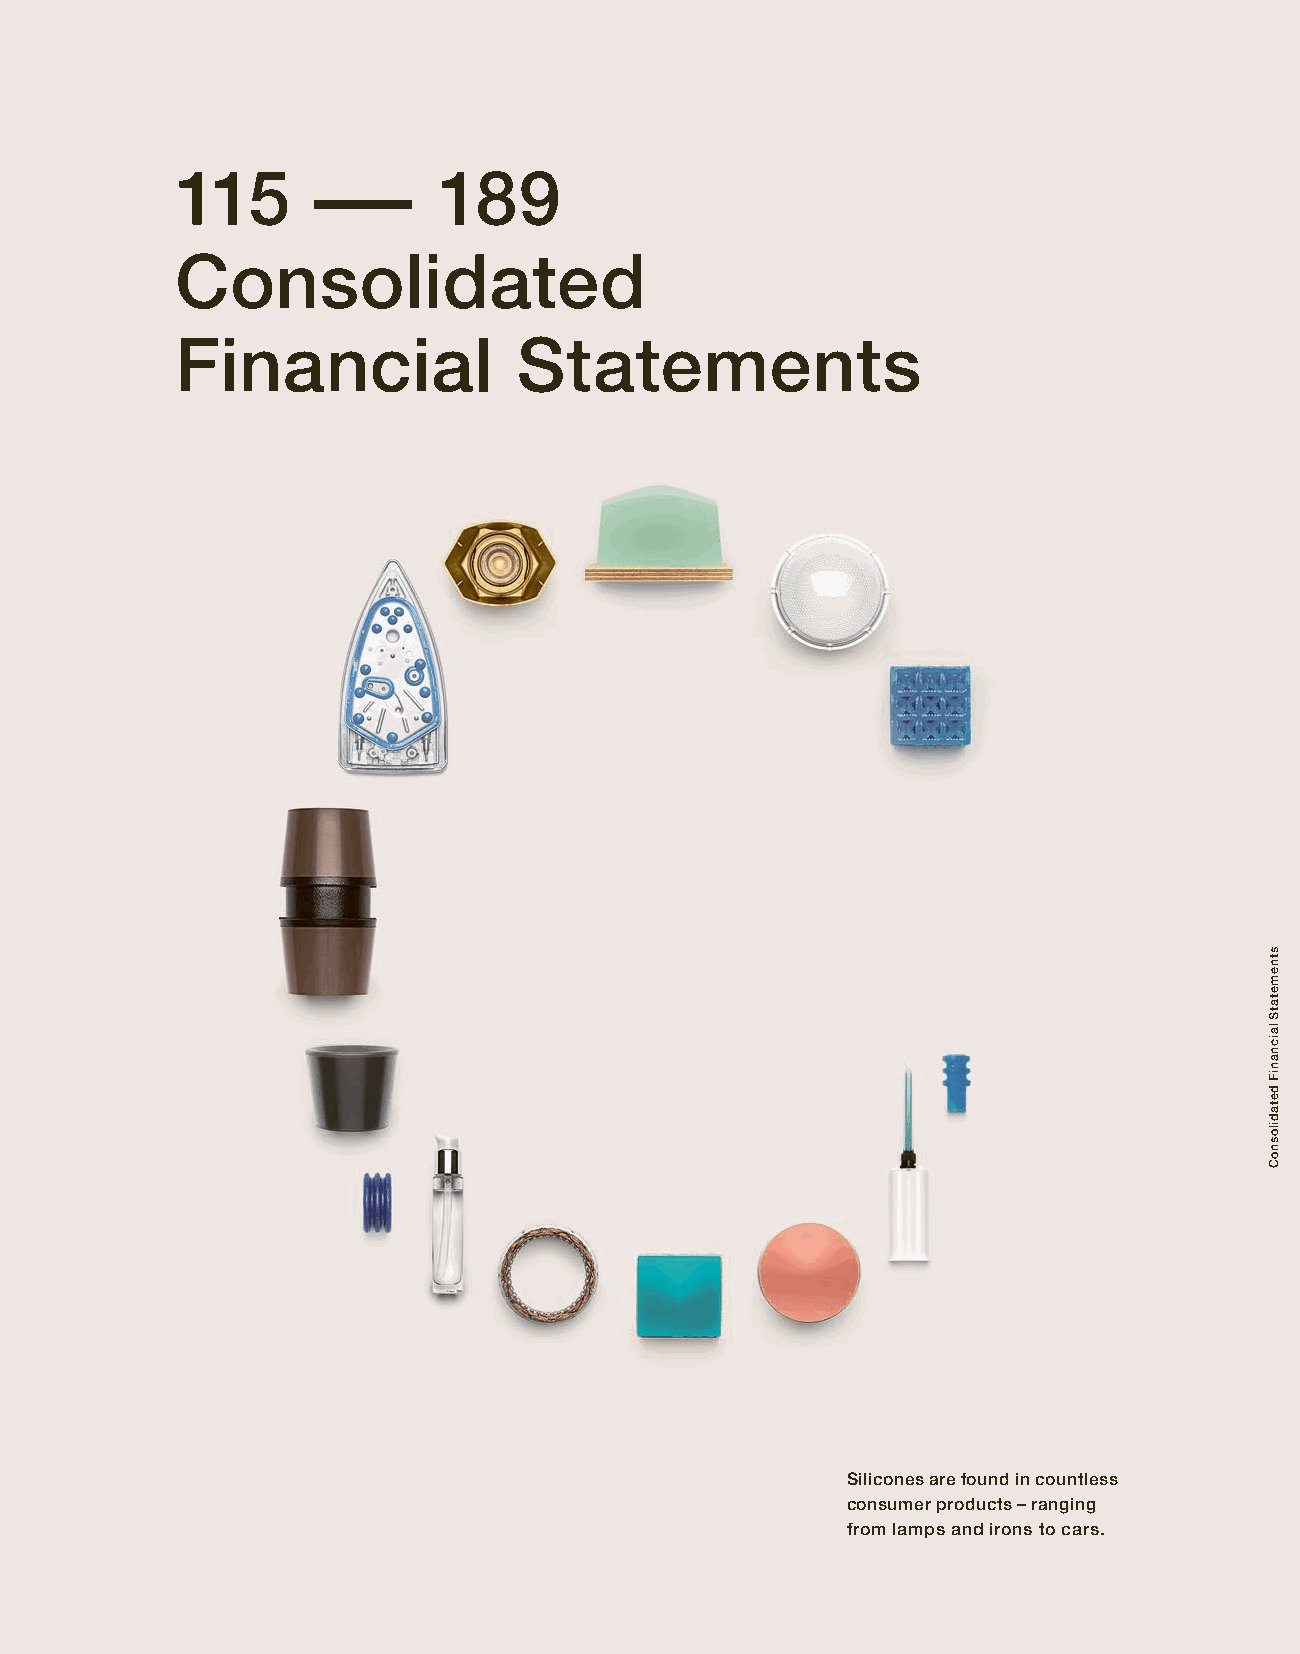
115      –       189
 Consolidated
 Financial             Statements
 Silicones are found in countless
 consumer products – ranging
 from lamps and irons to cars.
 stnemetatS
 laicnaniF
 detadilosnoC